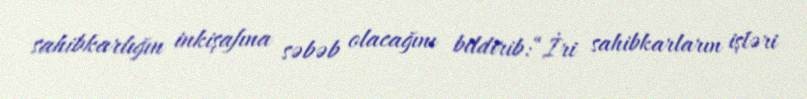
sahibkarlığın inkişafına səbəb olacağını bildirib:“İri sahibkarların işləri